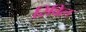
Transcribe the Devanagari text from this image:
रिविल